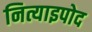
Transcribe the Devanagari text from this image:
नित्याइपोद